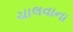
ચાલવાના